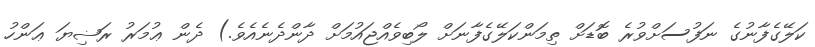
ކަލޭގެފާނުގެ ނަފުސަށްވުރެ ބޮޑަށް ތިމަންކަލޭގެފާނަށް ލޯބިވެއްޖައުމަށް ދާންދެނެއެވެ.) ދެން ޢުމަރު ރަޟިޔަ ޢަންހު